Scottish Leaving Certificate Examination, 1958
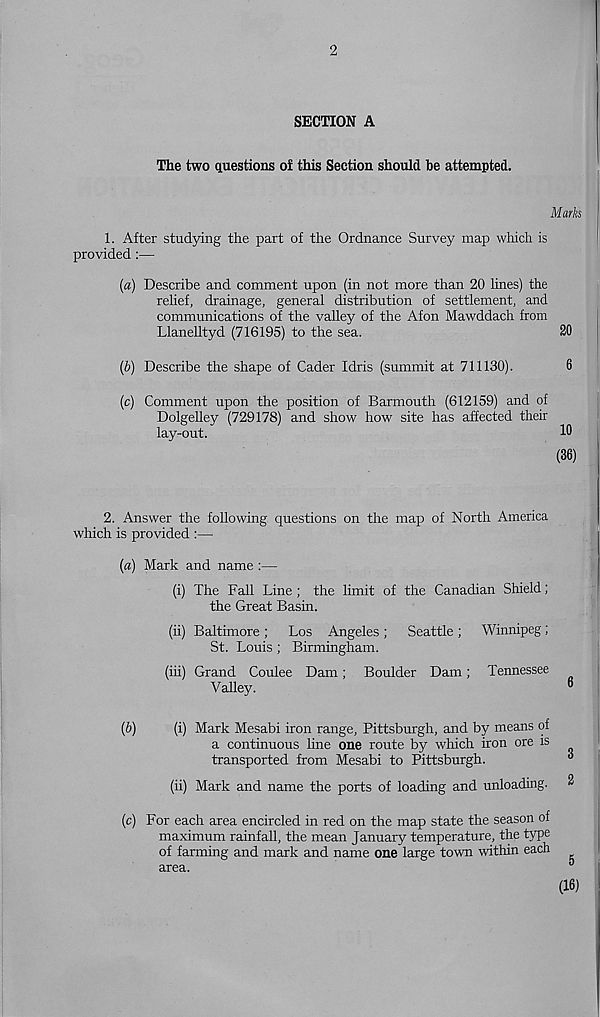
2
SECTION A
The two questions of this Section should be attempted.
Marks
1. After studying the part of the Ordnance Survey map which is
provided:—
(a) Describe and comment upon (in not more than 20 lines) the
relief, drainage, general distribution of settlement, and
communications of the valley of the Afon Mawddach from
Llanelltyd (716195) to the sea.
20
(b) Describe the shape of Cader Idris (summit at 711130).
6
(c) Comment upon the position of Barmouth (612159) and of
Dolgelley (729178) and show how site has affected their
lay-out.
10
(36)
2. Answer the following questions on the map of North America
which is provided :—
(a) Mark and name :—
(i) The Fall Line; the limit of the Canadian Shield;
the Great Basin.
(ii) Baltimore ; Los Angeles ; Seattle ; Winnipeg ;
St. Louis ; Birmingham.
(hi) Grand Coulee Dam; Boulder Dam; Tennessee
Valley.
(b)
(i) Mark Mesabi iron range, Pittsburgh, and by means of
a continuous line one route by which iron ore is
transported from Mesabi to Pittsburgh.
(ii) Mark and name the ports of loading and unloading.
(o) For each area encircled in red on the map state the season of
maximum rainfall, the mean January temperature, the type
of farming and mark and name one large town within each
area.
5
(16)